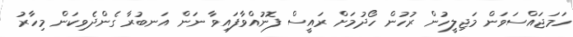
ހަމަޖައްސަވަން މަޖިލީހުން ރުހުން ހޯދުމަށް ރައީސް ފޮނުއްވާފައިވާ ނަން އަނބުރާ ގެންދެވިކަން މިހާރު